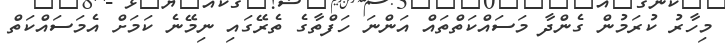
މިހާރު ކުރަމުން ގެންދާ މަސައްކަތްތައް އަންނަ ހަފްތާގެ ތެރޭގައި ނިމޭނެ ކަމަށް އެމަސައްކަތް